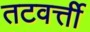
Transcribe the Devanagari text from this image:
तटवर्त्ती